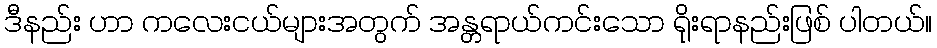
ဒီနည်း ဟာ ကလေးငယ်များအတွက် အန္တရာယ်ကင်းသော ရိုးရာနည်းဖြစ် ပါတယ်။